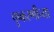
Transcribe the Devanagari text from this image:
पुष्करणीच्या